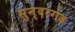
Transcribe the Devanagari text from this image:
सुन्दरगढ